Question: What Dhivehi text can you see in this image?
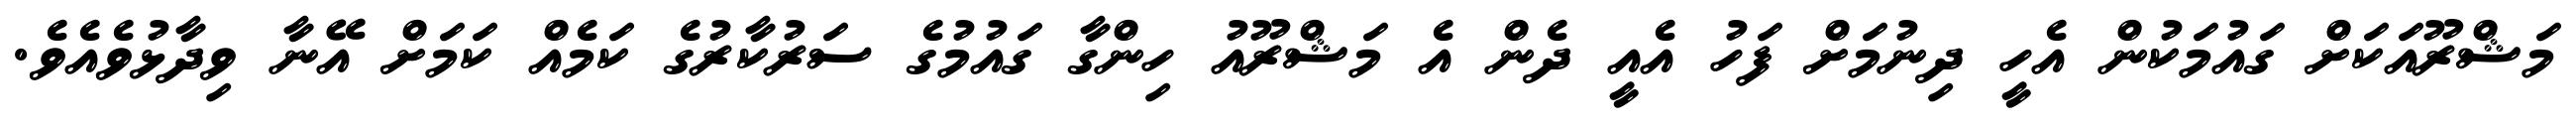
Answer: މަޝްރޫއަކަށް ގައުމަކުން އެހީ ދިނުމަށް ފަހު އެއީ ދެން އެ މަޝްރޫއު ހިންގާ ގައުމުގެ ސަރުކާރުގެ ކަމެއް ކަމަށް އޭނާ ވިދާޅުވެއެވެ.